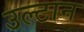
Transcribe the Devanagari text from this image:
उल्टान